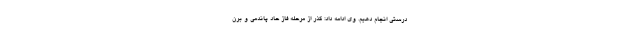
درستی انجام دهیم. وی ادامه داد: گذر از مرحله فاز حاد پاندمی و برن